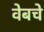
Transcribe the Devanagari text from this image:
वेबचे